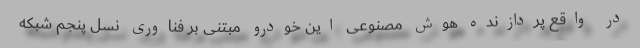
در واقع پردازنده هوش مصنوعی این خودرو مبتنی بر فناوری نسل پنجم شبکه